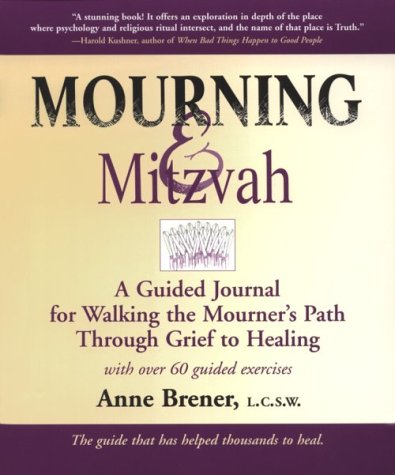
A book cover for Mourning & Mitzvah: A Guided Journal for Walking the Mourner's Path Through Grief to Healing; Rabbi Anne Brener MAJCS  MA  LCSW; Religion & Spirituality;